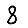
Digit: 8